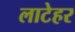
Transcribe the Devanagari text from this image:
लाटेहर